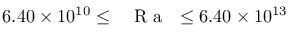
6 . 4 0 \times 1 0 ^ { 1 0 } \leq \mathrm { ~ \textit ~ { ~ R ~ a ~ } ~ } \leq 6 . 4 0 \times 1 0 ^ { 1 3 }